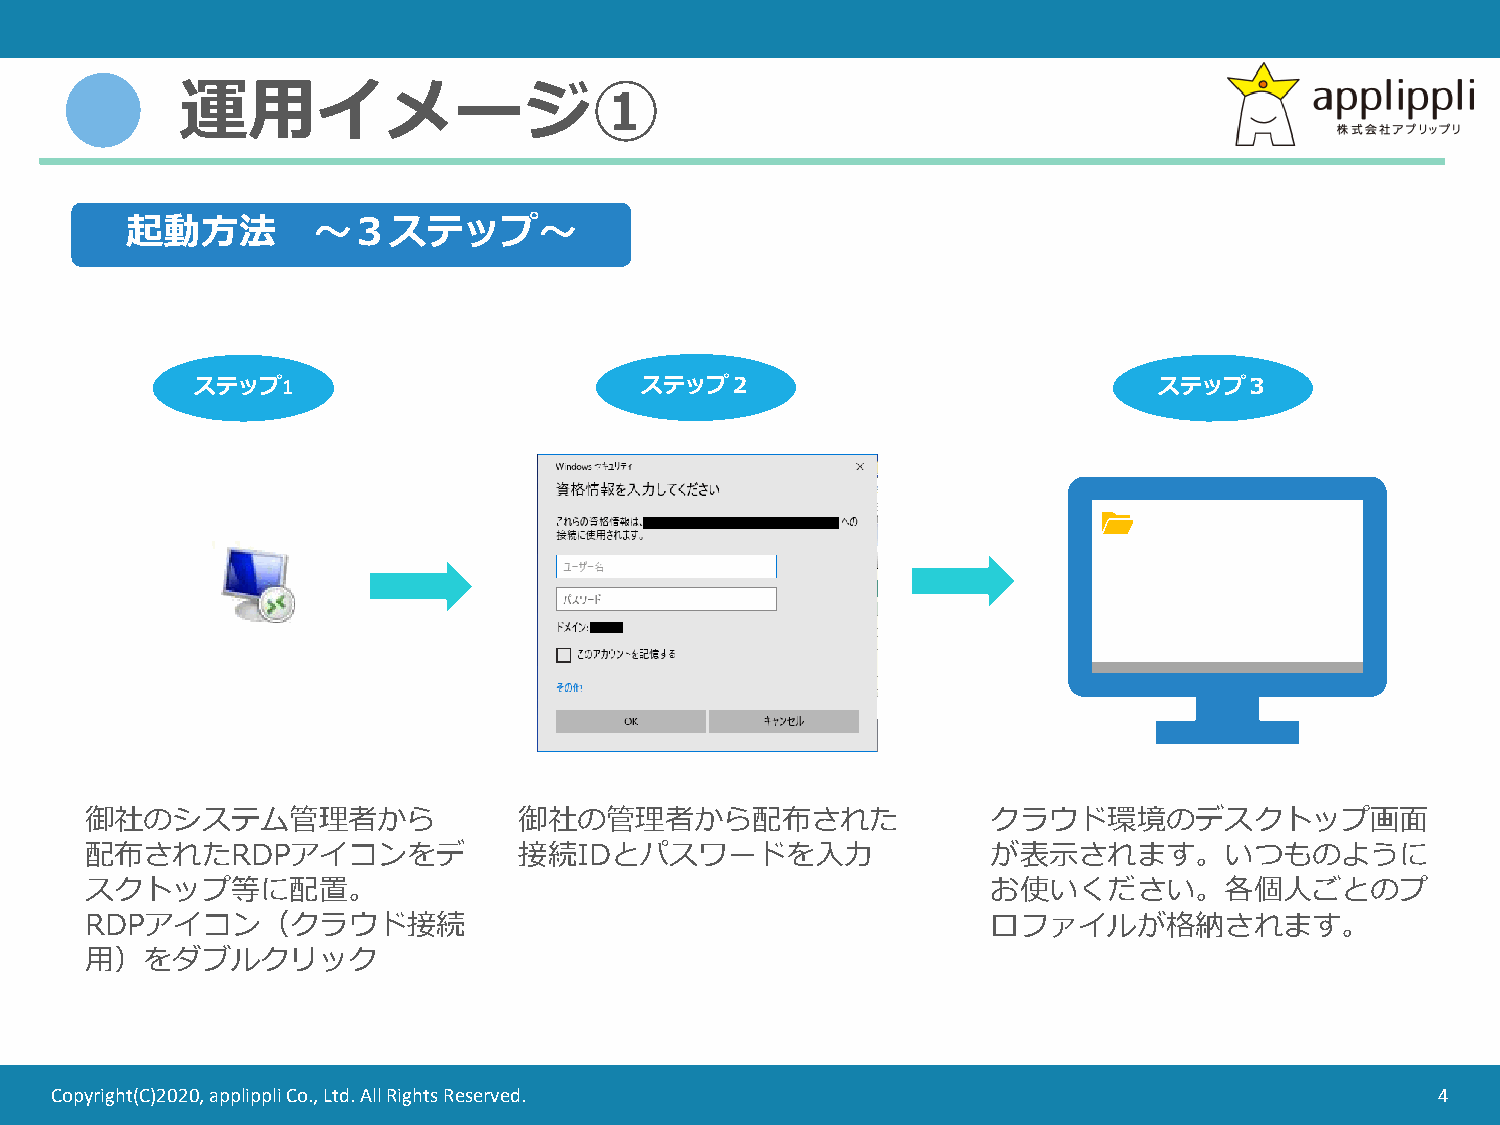
運用イメージ①
 起動方法         ～３ステップ～
 ステップ1                        ステップ２                              ステップ３
 御社のシステム管理者から                御社の管理者から配布された                   クラウド環境のデスクトップ画面
 配布されたRDPアイコンをデ              接続IDとパスワードを入力                   が表示されます。いつものように
 スクトップ等に配置。                                                  お使いください。各個人ごとのプ
 RDPアイコン（クラウド接続                                              ロファイルが格納されます。
 用）をダブルクリック
 Copyright(C)2020, applippli Co., Ltd. All Rights Reserved.                                  4